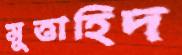
মুত্তাহিদ